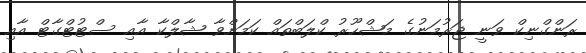
ރަންގްނިކް ވަނީ ޖަރުމަނުގެ މަޝްހޫރު ކްލަބްތައް ކަމަށްވާ ޝާލްކާ އާއި ސްޓުޓްގާޓް އާއި